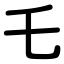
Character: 乇